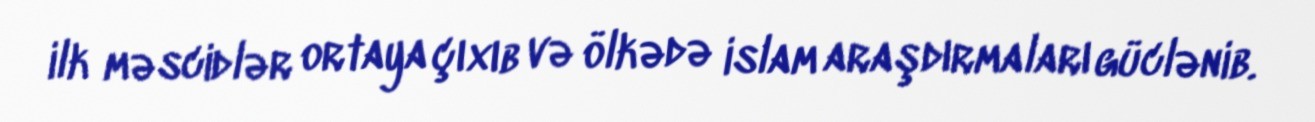
ilk məscidlər ortaya çıxıb və ölkədə islam araşdırmaları güclənib.